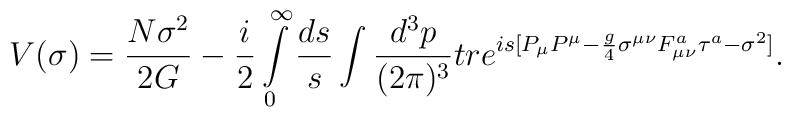
V(\sigma)=\frac{N\sigma^2}{2G}-{i\over2}\int\limits_0^\infty\frac{ds}{s}\int\frac{d^3p}{(2\pi)^3}tr e^{is[P_\mu P^\mu-{g\over4}\sigma^{\mu\nu}F^a_{\mu\nu}\tau^a-\sigma^2]}.